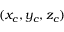
( x _ { c } , y _ { c } , z _ { c } )